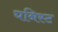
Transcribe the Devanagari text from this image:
घनिस्ट